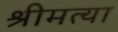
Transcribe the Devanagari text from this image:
श्रीमत्या